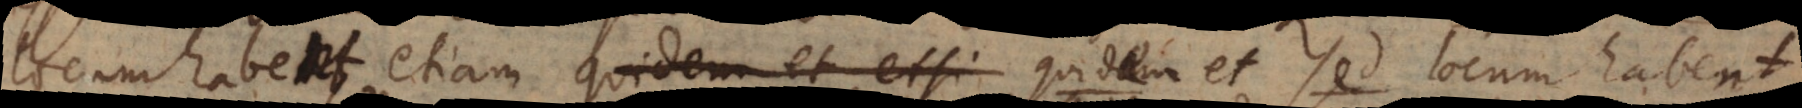
locum habent, etiam quidem et etsi quidem et sed locum habent.